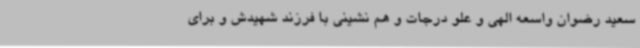
سعید رضوان واسعه الهی و علو درجات و هم نشینی با فرزند شهیدش و برای